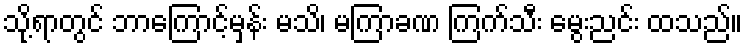
သို့ရာတွင် ဘာကြောင့်မှန်း မသိ၊ မကြာခဏ ကြက်သီး မွေးညင်း ထသည်။